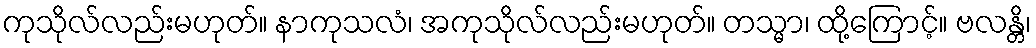
ကုသိုလ်လည်းမဟုတ်။ နာကုသလံ၊ အကုသိုလ်လည်းမဟုတ်။ တသ္မာ၊ ထို့ကြောင့်။ ဗလန္တိ၊